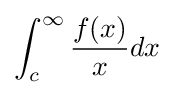
\int _{c}^{\infty }{\frac {f(x)}{x}}dx